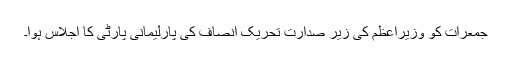
جمعرات کو وزیراعظم کی زیر صدارت تحریک انصاف کی پارلیمانی پارٹی کا اجلاس ہوا۔